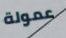
عمولة